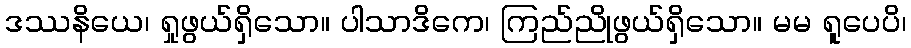
ဒဿနိယေ၊ ရှုဖွယ်ရှိသော။ ပါသာဒိကေ၊ ကြည်ညိုဖွယ်ရှိသော။ မမ ရူပေပိ၊